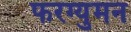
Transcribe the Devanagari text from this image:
फरग्युमन